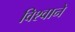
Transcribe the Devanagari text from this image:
विश्वाने